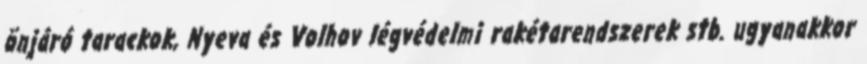
önjáró tarackok, Nyeva és Volhov légvédelmi rakétarendszerek stb. ugyanakkor